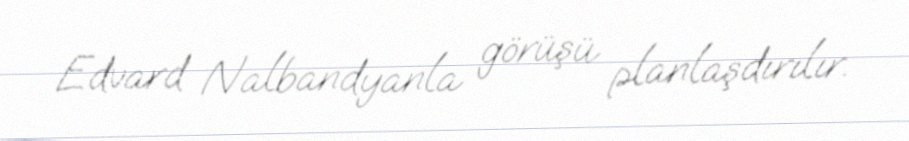
Edvard Nalbandyanla görüşü planlaşdırılır.